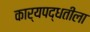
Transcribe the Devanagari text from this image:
कार्यपद्धतीला